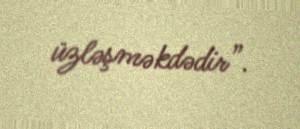
üzləşməkdədir”.